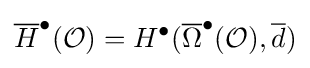
{\overline {H}}^{\bullet }({\mathcal {O}})=H^{\bullet }({\overline {\Omega }}^{\bullet }({\mathcal {O}}),{\overline {d}})